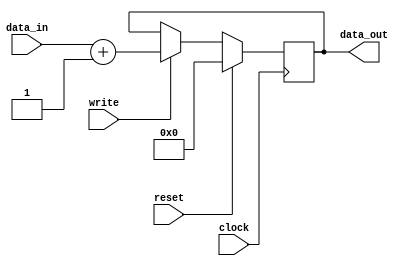
//A single register

module PC_register(
	input wire [31:0] data_in,
    output reg [31:0] data_out,
	input wire reset,
	input wire write,
	input wire clock);

	initial data_out <= -1;
	
    always @(posedge clock) begin
        if (reset == 1'b1) begin //clears register
            data_out <= 32'h0;
        end else if (write == 1'b1) begin
            data_out <= data_in+3'b1;
        end else begin
            data_out <= data_out;
        end
    end

endmodule